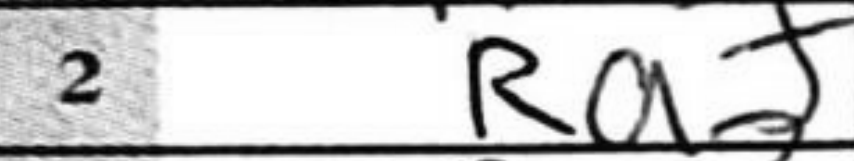
Transcription: Ra+